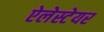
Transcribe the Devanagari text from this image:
ऐलेस्टेयर